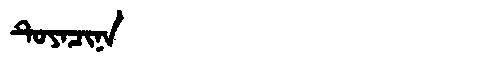
Manchu: ᡨᡠᠶᠠᠴᡳᠨᠠ
Romanization: TUYACINA